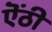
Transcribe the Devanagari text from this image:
ऎंठी